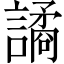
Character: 譎